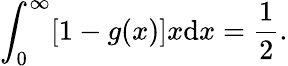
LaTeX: \int_{0}^{\infty}[1-g(x)]x\mathrm{d}x=\frac{{1}}{{2}}.